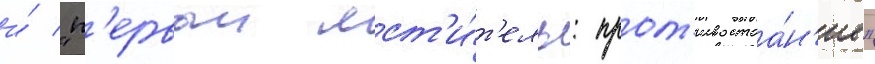
и́ "п'ервыи мст'и́т'ель: прот'ивостоа́н'ие"